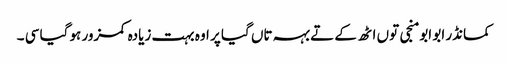
کمانڈر ابو ابو منجی توں اٹھ کے تے بہہ تاں گیا پر اوہ بہت زیادہ کمزور ہو گیا سی ۔